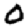
Digit: 0